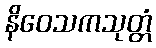
နိဝေသကသုတ္တံ